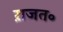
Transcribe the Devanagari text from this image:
ऱाजत॰